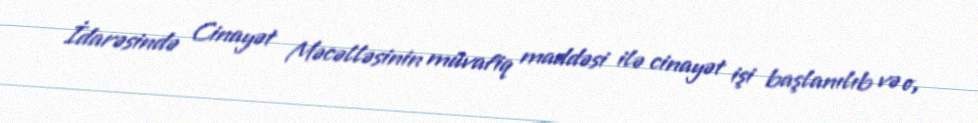
İdarəsində Cinayət Məcəlləsinin müvafiq maddəsi ilə cinayət işi başlanılıb və o,